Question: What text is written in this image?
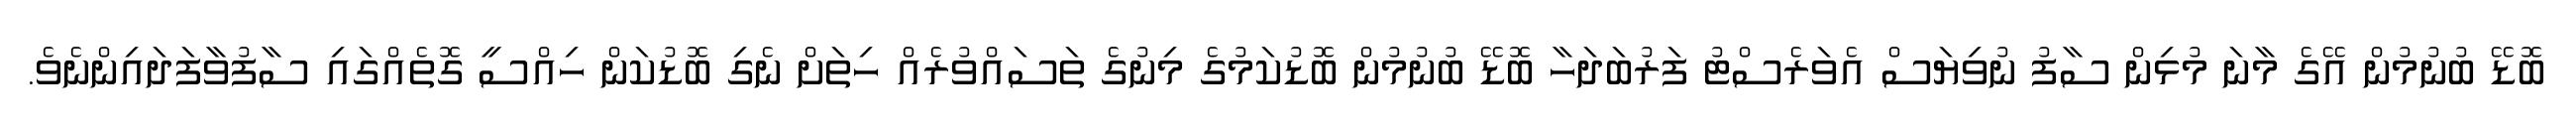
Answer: ބޮޑޭ ބުނުމުން އޭގެ މާނަ މުޅިން ސާފު ނުވިޔަސް އެވަރެސްޓު ފަރުބަދަހާ ބޮޑޭ ބުނުމުން ބޮޑުކަމުގެ މިނުގެ ތަސައްވުރެއް ހިތަށް ނެގި ބޮޑުކަން ހިއްސީ ގޮތެއްގައި ސާފުވާފަދައިންނެވެ.